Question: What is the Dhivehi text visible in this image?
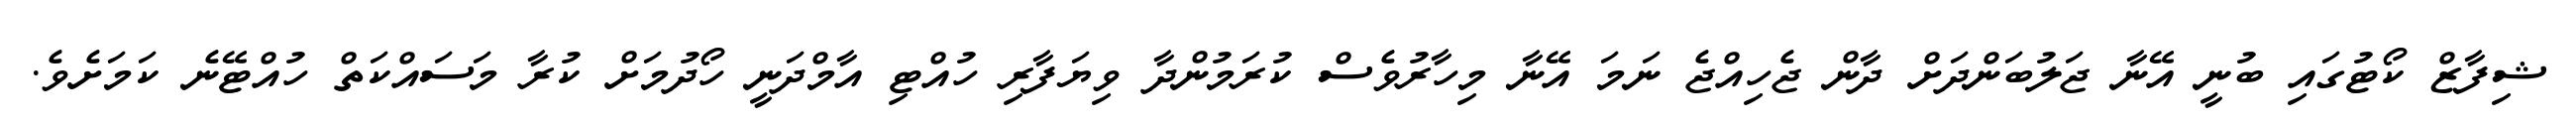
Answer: ޝިފާޒް ކޯޓުގައި ބުނީ އޭނާ ޖަލުބަންދަށް ދާން ޖެހިއްޖެ ނަމަ އޭނާ މިހާރުވެސް ކުރަމުންދާ ވިޔަފާރި ހުއްޓި އާމްދަނީ ހޯދުމަށް ކުރާ މަސައްކަތް ހުއްޓޭނެ ކަމަށެވެ.